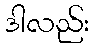
ဒါလည်း